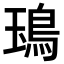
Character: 𩿱